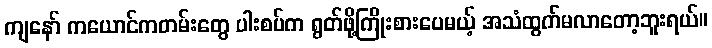
ကျနော် ကယောင်ကတမ်းတွေ ပါးစပ်က ရွတ်ဖို့ကြိုးစားပေမယ့် အသံထွက်မလာတော့ဘူးရယ်။